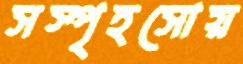
সস্পৃহসোয়